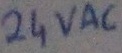
Text: 24VAC